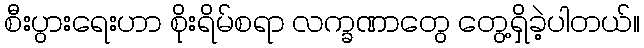
စီးပွားရေးဟာ စိုးရိမ်စရာ လက္ခဏာတွေ တွေ့ရှိခဲ့ပါတယ်။